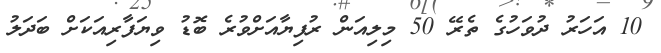
10 އަހަރު ދުވަހުގެ ތެރޭ 50 މިލިއަން ރުފިޔާއަށްވުރެ ބޮޑު ވިޔަފާރިއަކަށް ބަދަލު